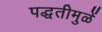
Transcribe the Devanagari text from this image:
पद्धतीमुळें